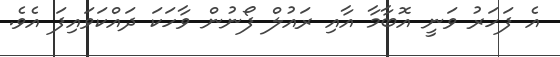
އެ ފަހަރު ވަނީ އޮބާމާ އާއި ރައުލް ފޯނުން ވާހަކަ ދައްކަވައިފަ އެވެ.